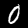
Digit: 0